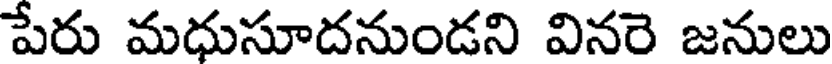
పేరు మధుసూదనుండని వినరె జనులు